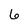
Character: 6